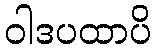
ဝါဒပထာပိ